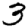
Digit: 3